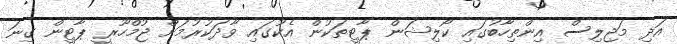
އަދި މަޖިލިސް އިންތިހާބުގައި ކޯލިޝަން ޕާޓީތަކުން އެކުގައި ވާދަކުރުމަށް ޖުމްހޫރީ ޕާޓީން ގިނަ